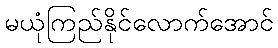
မယုံကြည်နိုင်လောက်အောင်